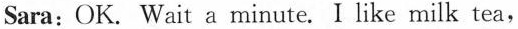
Sara:OK. Wait a minute. I like milk tea,